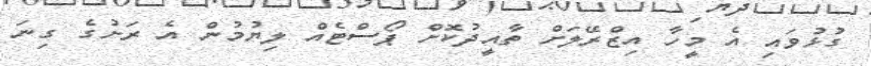
ގުޅުވައި އެ މީހާ އިޒްރޭލަށް ތާއީދުކޮށް ޕޯސްޓެއް ލިޔުމުން އެ ރަށުގެ ގިނަ